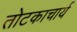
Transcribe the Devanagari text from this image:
तोटकाचार्य